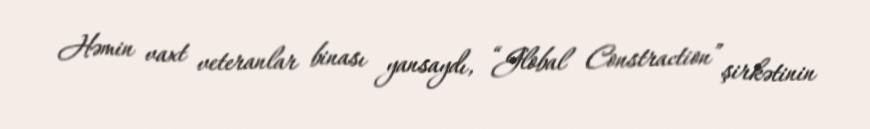
Həmin vaxt veteranlar binası yansaydı, “Global Constraction” şirkətinin